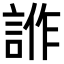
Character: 𧧻